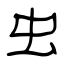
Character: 虫